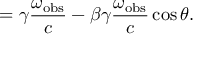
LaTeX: \quad = \gamma { \frac { \omega _ { \mathrm { o b s } } } { c } } - \beta \gamma { \frac { \omega _ { \mathrm { o b s } } } { c } } \cos \theta .